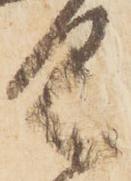
具